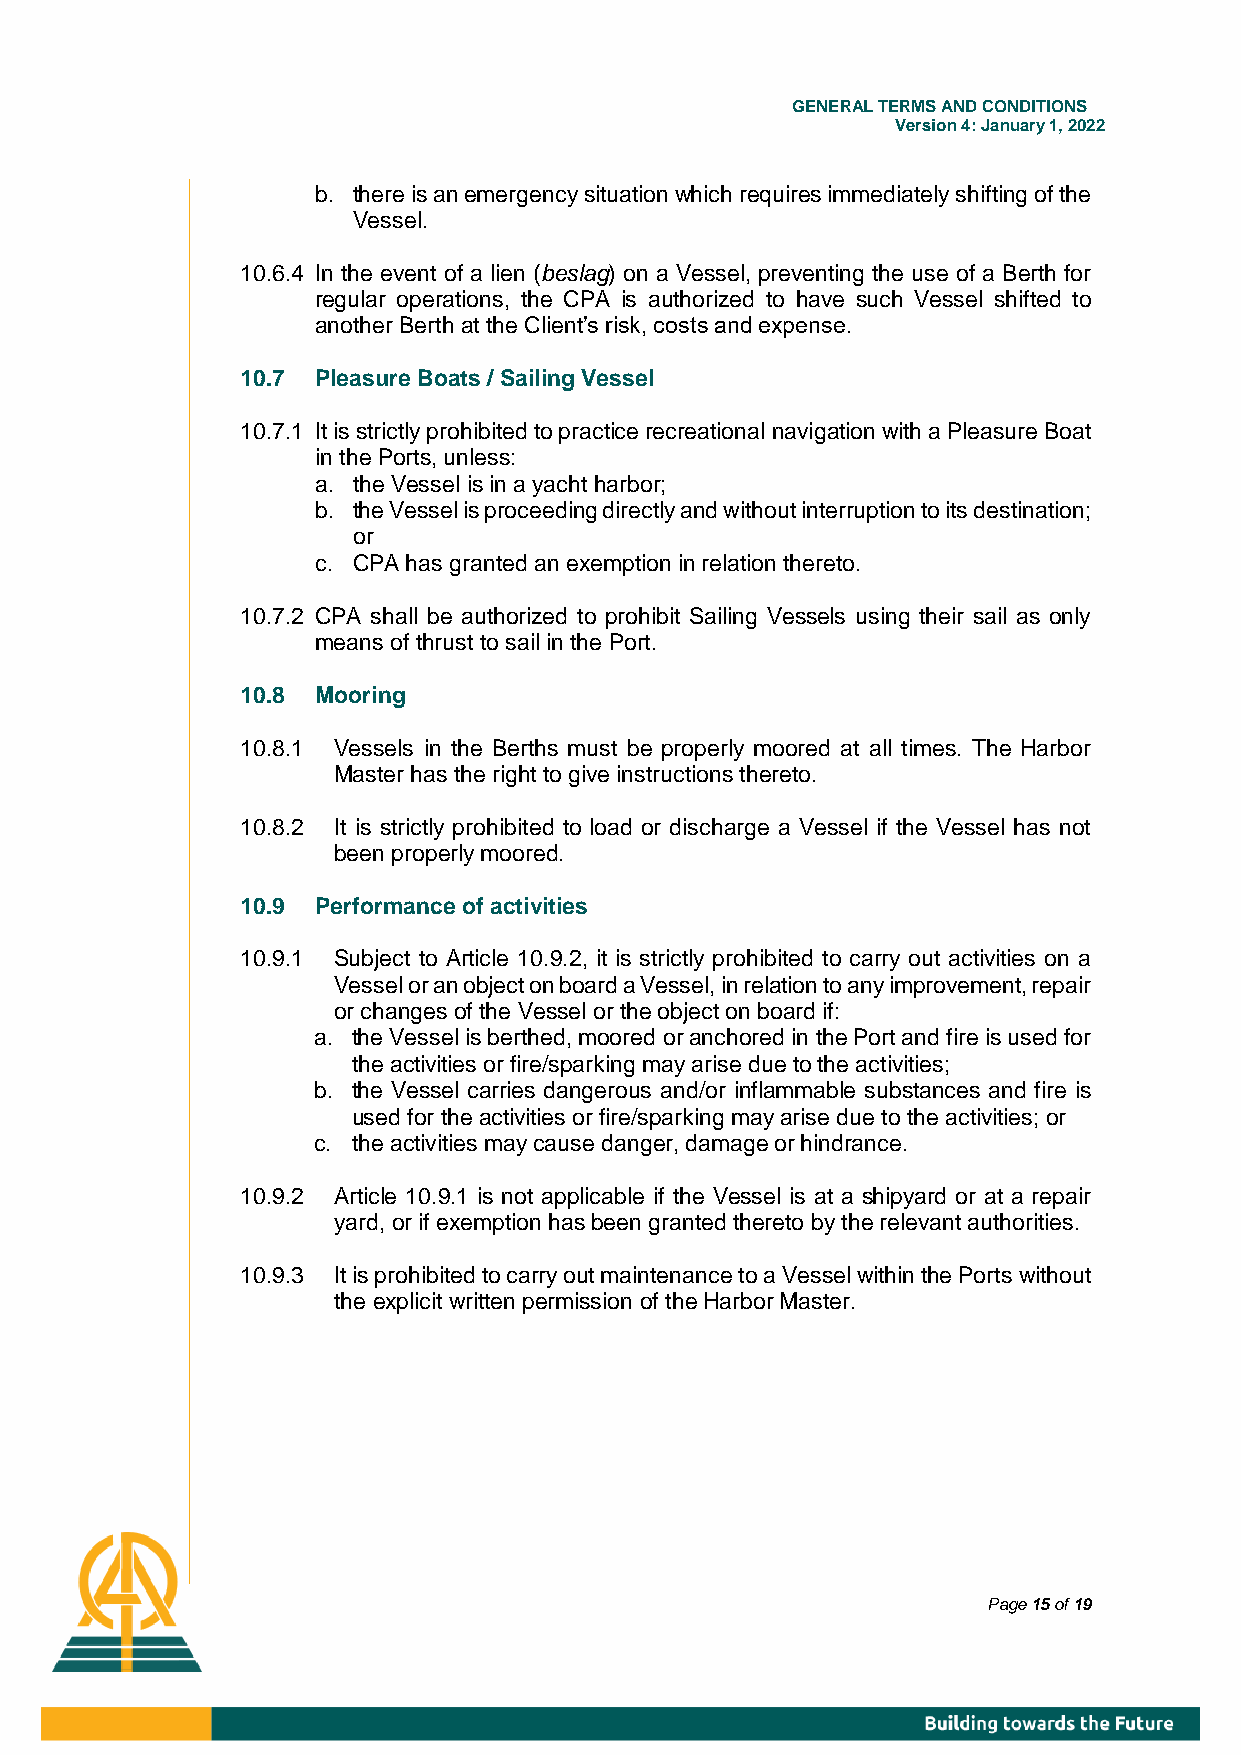
GENE RAL TERMS AND CONDITIONS
 Version 4: January 1, 2022
 b. there is an emergency situation which requires immediately shifting of the
 Vessel.
 10.6.4 In the event of a lien (beslag) on a Vessel, preventing the use of a Berth for
 regular operations, the CPA is authorized to have such Vessel shifted to
 another Berth at the Client’s risk, costs and expense.
 10.7 Pleasure Boats / Sailing Vessel
 10.7.1 It is strictly prohibited to practice recreational navigation with a Pleasure Boat
 in the Ports, unless:
 a. the Vessel is in a yacht harbor;
 b. the Vessel is proceeding directly and without interruption to its destination;
 or
 c. CPA has granted an exemption in relation thereto.
 10.7.2 CPA shall be authorized to prohibit Sailing Vessels using their sail as only
 means of thrust to sail in the Port.
 10.8 Mooring
 10.8.1 Vessels in the Berths must be properly moored at all times. The Harbor
 Master has the right to give instructions thereto.
 10.8.2 It is strictly prohibited to load or discharge a Vessel if the Vessel has not
 been properly moored.
 10.9 Performance of activities
 10.9.1 Subject to Article 10.9.2, it is strictly prohibited to carry out activities on a
 Vessel or an object on board a Vessel, in relation to any improvement, repair
 or changes of the Vessel or the object on board if:
 a. the Vessel is berthed, moored or anchored in the Port and fire is used for
 the activities or fire/sparking may arise due to the activities;
 b. the Vessel carries dangerous and/or inflammable substances and fire is
 used for the activities or fire/sparking may arise due to the activities; or
 c. the activities may cause danger, damage or hindrance.
 10.9.2 Article 10.9.1 is not applicable if the Vessel is at a shipyard or at a repair
 yard, or if exemption has been granted thereto by the relevant authorities.
 10.9.3 It is prohibited to carry out maintenance to a Vessel within the Ports without
 the explicit written permission of the Harbor Master.
 Page 15 of 19